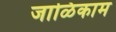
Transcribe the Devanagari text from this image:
जाळिकाम